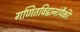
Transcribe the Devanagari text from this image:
गणितविद्वानांपैकी